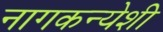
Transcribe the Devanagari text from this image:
नागकन्येशी